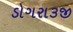
ડોગરા૩જી